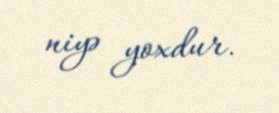
niyə yoxdur.